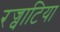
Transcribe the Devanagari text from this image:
रज्वाटिया